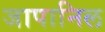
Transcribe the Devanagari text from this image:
जापानिल